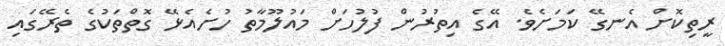
ރީތިކޮށް އެނގޭ ކަމަށެވެ. އޭގެ އިތުރުން ފުލުހަށް މައުލޫމާތު ހުށެއެޅޭ ގޮތްތަކުގެ ތެރޭގައި